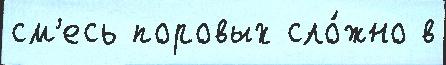
см'есь поровых сло́жно в